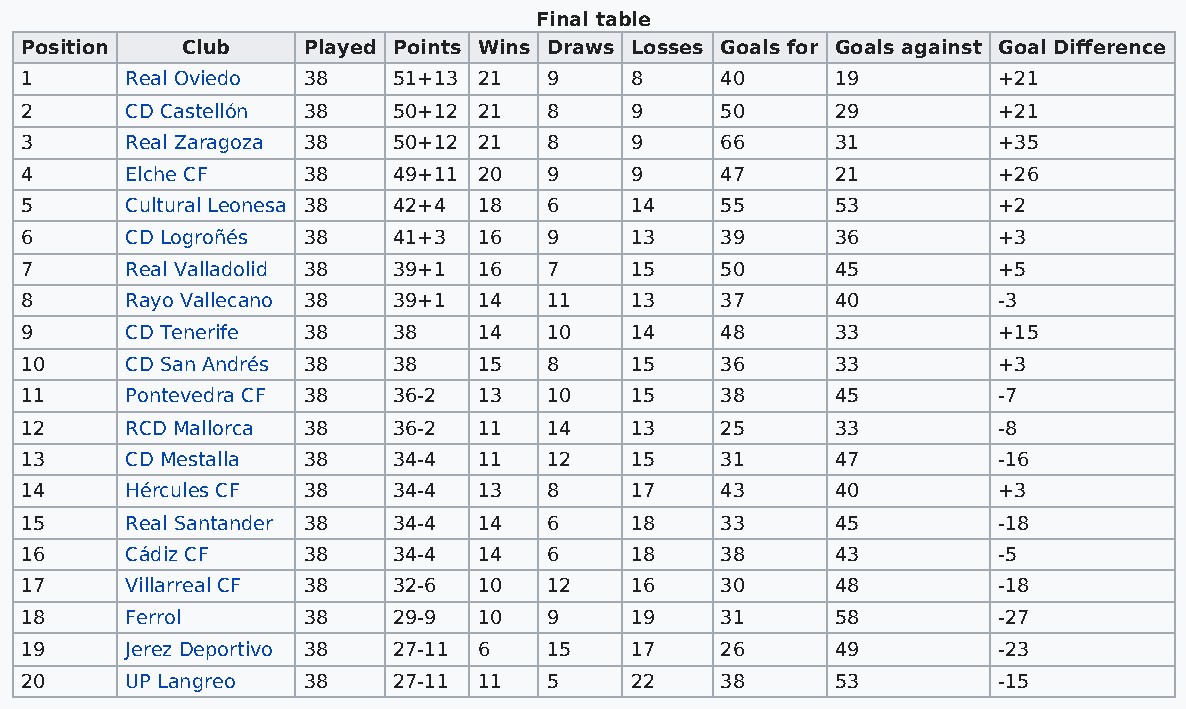
Final table
 Position   Club    Played Points Wins Draws Losses Goals for Goals against Goal Difference
 1      Real Oviedo 38    51+13 21  9     8     40     19         +21
 2      CD Castellón 38   50+12 21  8     9     50     29         +21
 3      Real Zaragoza 38  50+12 21  8     9     66     31         +35
 4      Elche CF    38    49+11 20  9     9     47     21         +26
 5      Cultural Leonesa 38 42+4 18 6     14    55     53         +2
 6      CD Logroñés 38    41+3  16  9     13    39     36         +3
 7      Real Valladolid 38 39+1 16  7     15    50     45         +5
 8      Rayo Vallecano 38 39+1  14  11    13    37     40         -3
 9      CD Tenerife 38    38    14  10    14    48     33         +15
 10     CD San Andrés 38  38    15  8     15    36     33         +3
 11     Pontevedra CF 38  36-2  13  10    15    38     45         -7
 12     RCD Mallorca 38   36-2  11  14    13    25     33         -8
 13     CD Mestalla 38    34-4  11  12    15    31     47         -16
 14     Hércules CF 38    34-4  13  8     17    43     40         +3
 15     Real Santander 38 34-4  14  6     18    33     45         -18
 16     Cádiz CF    38    34-4  14  6     18    38     43         -5
 17     Villarreal CF 38  32-6  10  12    16    30     48         -18
 18     Ferrol      38    29-9  10  9     19    31     58         -27
 19     Jerez Deportivo 38 27-11 6  15    17    26     49         -23
 20     UP Langreo  38    27-11 11  5     22    38     53         -15